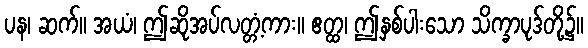
ပန၊ ဆက်။ အယံ၊ ဤဆိုအပ်လတ္တံ့ကား။ ဧတ္ထ၊ ဤနှစ်ပါးသော သိက္ခာပုဒ်တို့၌။